Report on horse surra - Volume I
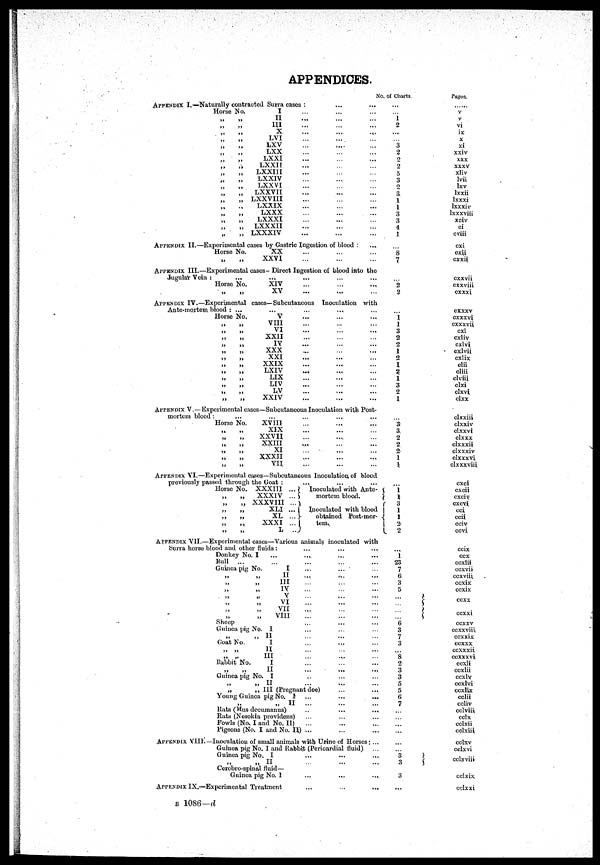
APPENDICES.
APPENDIX I.—Naturally contracted Surra cases
:
.
.
.
Horse
„
„
„
„
„
„
„
„
„
„
„
„
„
„
„
„
„
„
No.
„
„
„
„
„
„
„
„
„
„
„
„
„
„
„
„
„
„
I
.
.
.
I
I
.
.
.
III...
X...
LVI...
L
X
V
.
.
.
LXX...
LXXI...
LXXII
...
LXXIII
...
LXXIV ...
LXXVI
...
LXXVII
...
LXXVIII
...
LXXIX
...
LXXX
...
LXXXI
...
LXXXII
...
LXXXIV
...
APPENDIX II.—Experimental cases by Gastric Ingestion of blood :
...
Horse
„
No.
„
X
X
.
.
.
XXVI...
APPENDIX III.—Experimental cases- Direct Ingestion of blood into the
Jugular Vein :
...
Horse No.
„
„
......
XIV....
XV...
APPENDIX IV.—Experimental cases—Subcutaneous Inoculation with
Ante-mortem blood : ...
Horse No.
„
„
„
„
„
„
„
„
„
„
„
„
„
„
„
„
„
„
„
„
„
„
„
„
......
V
.
.
.
VIII...
V
I
.
.
.
XXII...
IV...
XXX...
XXI...
XXIX...
LXIV...
LIX...
LIV...
L
V
.
.
.
XXIV...
APPENDIX V.—Experimental cases—Subcutaneous Inoculation with Post-
mortem blood :
...
Horse No.
„
„
„
„
„
„
„
„
„
„
„
„
......
XVIII...
XIX...
XXVII...
XXIII...
XI...
XXXII...
VII...
APPENDIX VI.—Experimental cases—Subcutaneous Inoculation, of blood
previously passed through the Goat
:
.
.
.
Horse No.
„
„
„
„
„
„
„
„
„
„
„
„
XXXIII ...Inoculated with Ante-
XXXIV ...
mortem blood.
XXXVIII ...
XLI ...}Inoculated with blood
XL ... obtained Post-mor-
tem
XXXI ...
L ..
APPENDIX VII.—Experimental cases—Various animals inoculated with
Surra horse blood and other fluids :
Donkey No. I
Bull ...
Guinea pig
„
„
„
„
„
„
„
„
„
„
„
„
Sheep
Guinea pig
„ „
Goat No.
„
„
„
„
Rabbit No.
„
„
...
No.
I
„ II
„ III
„ IV
„ V
VI
„ VII
„ VIII
No. I
„ II I
II
III
I
II
Guinea pig No. I
„
„
„
„
„ II
„ III (Pregnant doe)
Young Guinea pig No. I
„
„
II
Rats (Mus decumanus)
Rats (Nesokia providens)
Fowls (No, I and No. II)
Pigeons (No. I and No. II) ....
APPENDIX VIII.— Inoculation of small animals with Urine of Horses : ...
Guinea pig No. I and Rabbit (Pericardial fluid),
Guinea pig No. I
„ „ II
Cerebro-spinal fluid—
Guinea pig No. I
APPENDIX IX.—Experimental Treatment
No. of Charts.
...
...
1
2
...
... 3
2
2
2
5
3
2
3
1
1
3
3
4
1
...
8
7
...
2
2
...
1 1
3
2
2
1
2
1
2
1
3
2
1
...
... 3
2
2
2
1
1
...
1 l
3
1
1
2
2
... 1
23
7
6
3
5
::: }
:::
}
6
3
7
3
...
8
2
3
3
5
5
6
7
...
...
...
...
...
3
3
3
....
Pages.
v
v
vi
ix
x
xi
xxiv
xxx
xxxv
xliv
lvii
lxv
lxxii
Ixxxi
Ixxxiv
lxxxviii
xciv
ci
cviii
cxi
cxii
cxxii
cxxvii
cxxviii
cxxxi
cxxxv
cxxxvi
cxxxvii
cxl
cxliv
cxlvi
cxlvii
cxlix
clii
cliii
clviii
clxi
clxvi
clxx
clxxiii
clxxiv
clxxvi
clxxx
clxxxii
clxxxiv
clxxxvi
clxxxviii
cxci
cxeii
cxeiv
cxevi
cci
ccii
cciv
ccvi
ccix
ccx
ccxlii
ccxvii
ccxviii
ccxix
ccxix
eexx
ccxxi
ccxxv
ccxxviii
ccxxix
ccxxx
ccxxxii
ccxxxvi
ccxli
ccxlii
ccxlv
ccxlvi
ccxlix
cclii
ccliv
cclviii
cclx
cclxii
cclxiii
cclxv
cclxvi
cclxviii
cclxix
cclxxi
B 1086—d